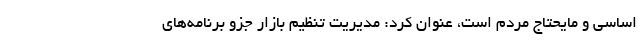
اساسی و مایحتاج مردم است، عنوان کرد: مدیریت تنظیم بازار جزو برنامه‌های